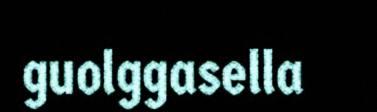
guolggasella